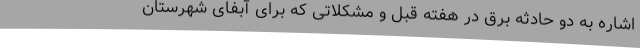
اشاره به دو حادثه برق در هفته قبل و مشکلاتی که برای آبفای شهرستان